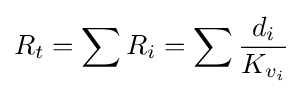
R_{t}=\sum R_{i}=\sum {\frac {d_{i}}{K_{v_{i}}}}